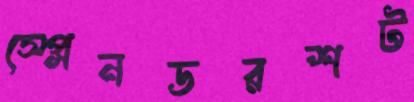
স্প্লেনডরশট